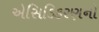
એસિડિકરણનો